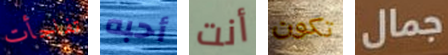
تفاجأت أحبه أنت تكون جمال